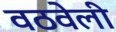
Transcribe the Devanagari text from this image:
वठवेली